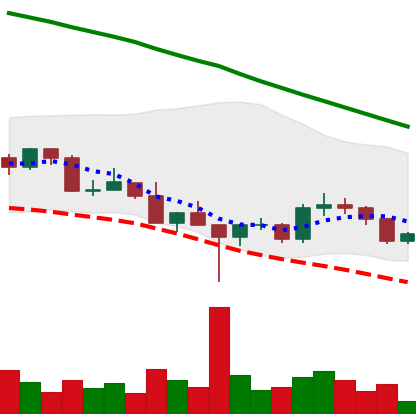
Ticker: DOGE-USD
Chart end date: 2022-03-05
Forward return: -6.489%
Label: down_5_7